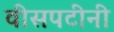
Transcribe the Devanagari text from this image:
वीसपटीनी